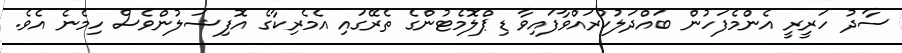
ސާދު ހަރީރީ އެންމެފަހުން ބައްދަލުކުރައްވާފައިވާ ޑިޕްލޮމެޓުންގެ ތެރޭގައި އެމެރިކާގެ އޮފިޝަލުންވެސް ހިމެނެ އެވެ.